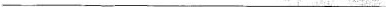
___